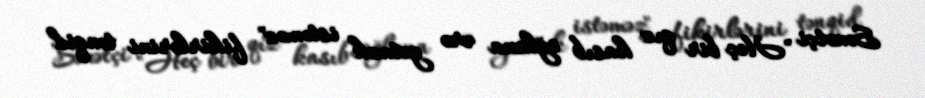
Sənətçi "Heç bir qız kasıb oğlana ərə getmək istəməz" fikirlərini tənqid